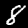
Digit: 8